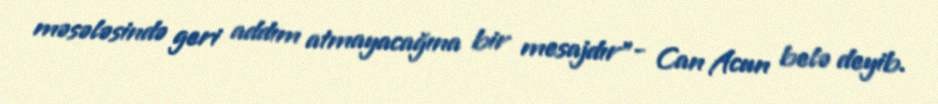
məsələsində geri addım atmayacağına bir mesajdır”- Can Acun belə deyib.